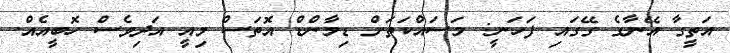
އަތީގާ އޭނާގެ ގޭގައި ފަހަނީ: މަސައްކަތަށް ޑިމާންޑް އޮތަސް މިއީ އަދިވެސް ހޮބީއެއް.